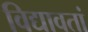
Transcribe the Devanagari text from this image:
विद्यावतां